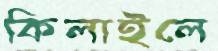
কিলাইলে